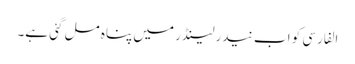
الفارسی کو اب نیدرلینڈر میں پناہ مل گئی ہے۔